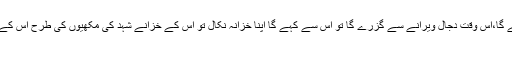
ان کے ہاتھوں میں کچھ بھی مال نہیں بچے گا،اس وقت دجال ویرانے سے گزرے گا تو اس سے کہے گا اپنا خزانہ نکال تو اس کے خزانے شہد کی مکھیوں کی طرح اس کے پیچھے لگ جائیں گے…..(صحیح مسلم)
۴۔